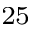
^ { 2 5 }